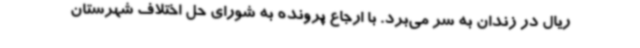
ریال در زندان به سر می‌برد. با ارجاع پرونده به شورای حل اختلاف شهرستان